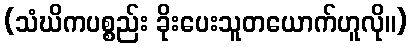
(သံဃိကပစ္စည်း ခိုးပေးသူတယောက်ဟူလို။)